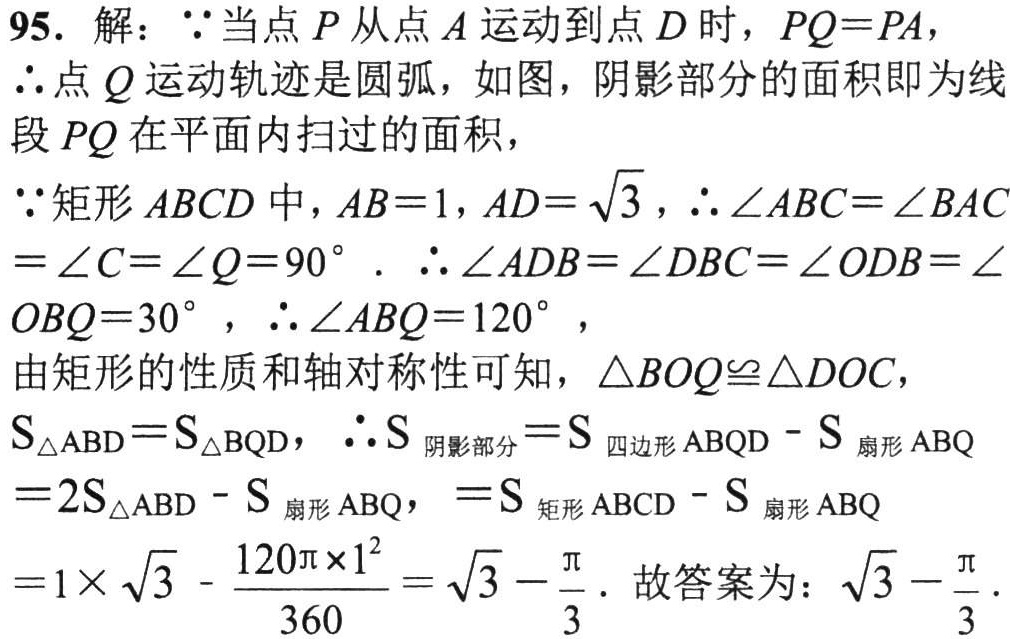
95. 解：$\because$当点$P$从点$A$运动到点$D$时，$PQ = PA$，

$\therefore$点$Q$运动轨迹是圆弧，如图，阴影部分的面积即为线段$PQ$在平面内扫过的面积，

$\because$矩形$ABCD$中，$AB = 1$，$AD = \sqrt{3}$，$\therefore \angle ABC=\angle BAC=\angle C=\angle Q = 90^{\circ}$. $\therefore \angle ADB=\angle DBC=\angle ODB=\angle OBQ = 30^{\circ}$，$\therefore \angle ABQ = 120^{\circ}$，

由矩形的性质和轴对称性可知，$\triangle BOQ\cong\triangle DOC$，

$S_{\triangle ABD}=S_{\triangle BQD}$，$\therefore S_{\text{阴影部分}}=S_{\text{四边形}ABQD}-S_{\text{扇形}ABQ}$

$= 2S_{\triangle ABD}-S_{\text{扇形}ABQ}$，$=S_{\text{矩形}ABCD}-S_{\text{扇形}ABQ}$

$=1\times\sqrt{3}-\frac{120\pi\times1^{2}}{360}=\sqrt{3}-\frac{\pi}{3}$. 故答案为：$\sqrt{3}-\frac{\pi}{3}$.